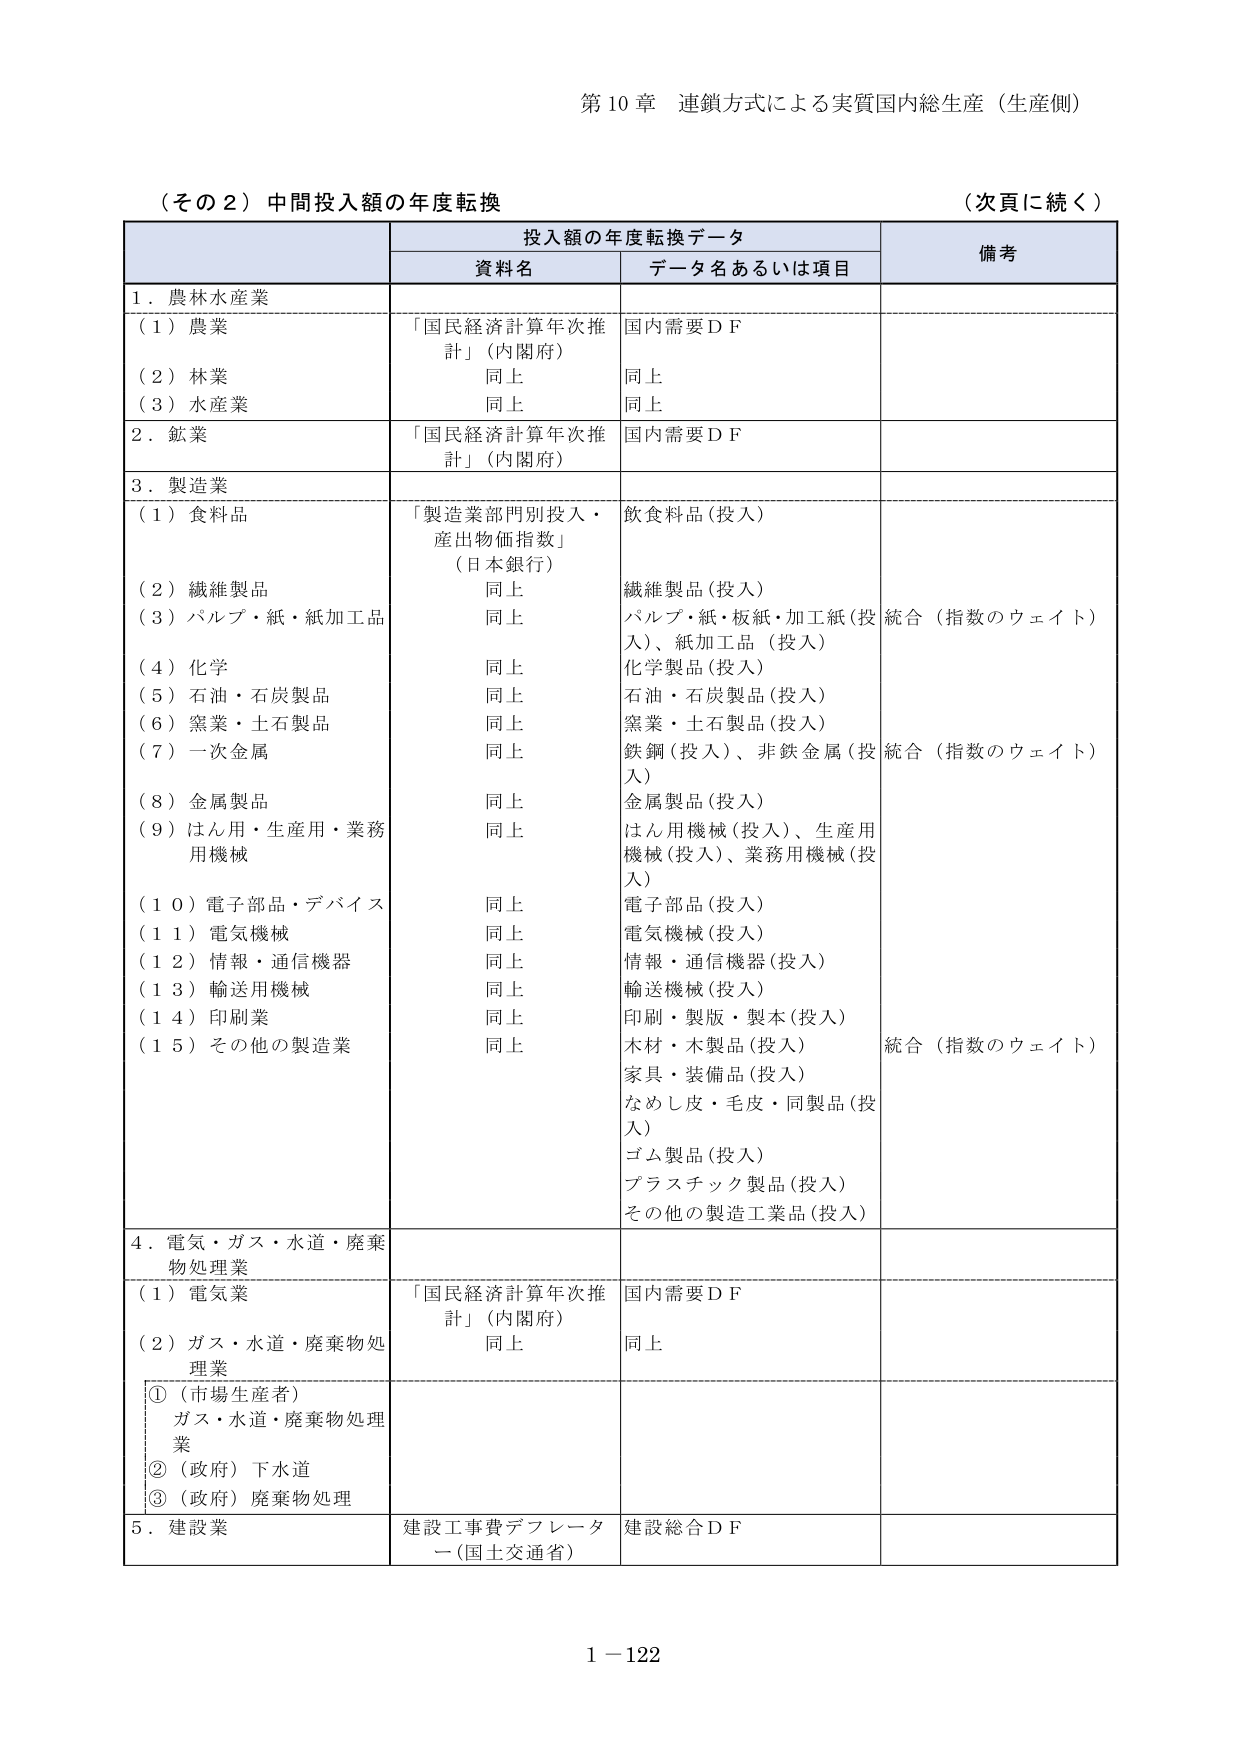
第10章 連鎖方式による実質国内総生産（生産側）

（その2）中間投入額の年度転換 （次頁に続く）

投入額の年度転換データ

資料名 データ名あるいは項目 備考

1．農林水産業

（1）農業 「国民経済計算年次推計」（内閣府） 国内需要ＤＦ

（2）林業 同上 同上

（3）水産業 同上 同上

2．鉱業 「国民経済計算年次推計」（内閣府） 国内需要ＤＦ

3．製造業

（1）食料品 「製造業部門別投入・産出物価指数」（日本銀行） 飲食料品（投入）

（2）繊維製品 同上 繊維製品（投入）

（3）パルプ・紙・紙加工品 同上 パルプ・紙・板紙・加工紙（投入）、紙加工品（投入） 統合（指数のウェイト）

（4）化学 同上 化学製品（投入）

（5）石油・石炭製品 同上 石油・石炭製品（投入）

（6）窯業・土石製品 同上 窯業・土石製品（投入）

（7）一次金属 同上 鉄鋼（投入）、非鉄金属（投入） 統合（指数のウェイト）

（8）金属製品 同上 金属製品（投入）

（9）はん用・生産用・業務用機械 同上 はん用機械（投入）、生産用機械（投入）、業務用機械（投入）

（10）電子部品・デバイス 同上 電子部品（投入）

（11）電気機械 同上 電気機械（投入）

（12）情報・通信機器 同上 情報・通信機器（投入）

（13）輸送用機械 同上 輸送機械（投入）

（14）印刷業 同上 印刷・製版・製本（投入）

（15）その他の製造業 同上 木材・木製品（投入）、家具・装備品（投入）、なめし皮・毛皮・同製品（投入）、ゴム製品（投入）、プラスチック製品（投入）、その他の製造工業品（投入） 統合（指数のウェイト）

4．電気・ガス・水道・廃棄物処理業

（1）電気業 「国民経済計算年次推計」（内閣府） 国内需要ＤＦ

（2）ガス・水道・廃棄物処理業 同上 同上

①（市場生産者）ガス・水道・廃棄物処理業

②（政府）下水道

③（政府）廃棄物処理

5．建設業 建設工事費デフレーター（国土交通省） 建設総合ＤＦ

1－122